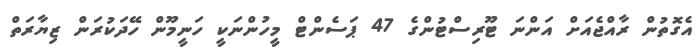
އެގޮތުން ރާއްޖެއަށް އަންނަ ޓޫރިސްޓުންގެ 47 ޕަސެންޓް މީހުންނަކީ ހަނީމޫން ހޭދަކުރަން ޒިޔާރަތް